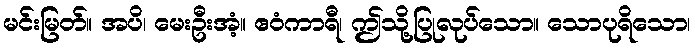
မင်းမြတ်။ အပိ၊ မေးဦးအံ့။ ဧဝံကာရီ၊ ဤသို့ပြုလုပ်သော။ သောပုရိသော၊